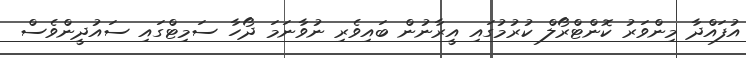
އުފައްދާ މިންވަރު ކޮންޓްރޯލް ކުރުމުގައި އީރާނުން ބައިވެރި ނުވާނަމަ ދޯހާ ސަމިޓްގައި ސައުދީންވެސް